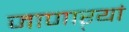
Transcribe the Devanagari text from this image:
जाणाऱ्यां